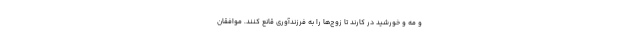
و مه و خورشید در کارند تا زوج‌ها را به فرزندآوری قانع کنند. موافقان